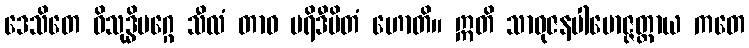
ဒေသိတေ ဝိသုဒ္ဓိမဂ္ဂေ သီလံ တာဝ ပရိဒီပိတံ ဟောတိ။ ဣတိ သာဓုဇနပါမောဇ္ဇတ္ထာယ ကတေ